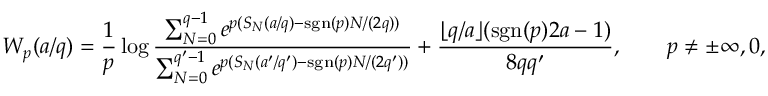
W _ { p } ( a / q ) = \frac { 1 } { p } \log \frac { \sum _ { N = 0 } ^ { q - 1 } e ^ { p ( S _ { N } ( a / q ) - \mathrm { s g n } ( p ) N / ( 2 q ) ) } } { \sum _ { N = 0 } ^ { q ^ { \prime } - 1 } e ^ { p ( S _ { N } ( a ^ { \prime } / q ^ { \prime } ) - \mathrm { s g n } ( p ) N / ( 2 q ^ { \prime } ) ) } } + \frac { \lfloor q / a \rfloor ( \mathrm { s g n } ( p ) 2 a - 1 ) } { 8 q q ^ { \prime } } , \qquad p \neq \pm \infty , 0 ,